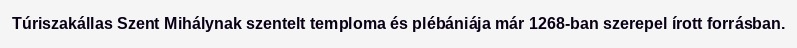
Túriszakállas Szent Mihálynak szentelt temploma és plébániája már 1268-ban szerepel írott forrásban.